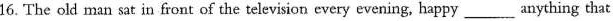
16. The old man sat in front of the television every evening, happy___anything that